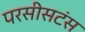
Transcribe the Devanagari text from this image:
परसीसटंस